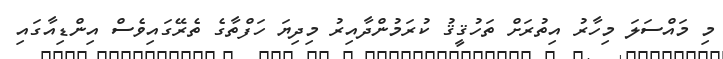
މި މައްސަލަ މިހާރު އިތުރަށް ތަހުޤީޤު ކުރަމުންދާއިރު މިދިޔަ ހަފްތާގެ ތެރޭގައިވެސް އިންޑިއާގައި